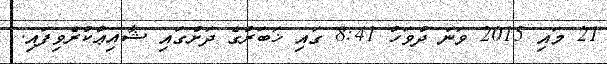
21 މައި 2015 ވަނަ ދުވަހު 8:41 ގައި ޚަބަރުގެ ދަށުގައި ޝާއިޢުކުރެވިފައި.